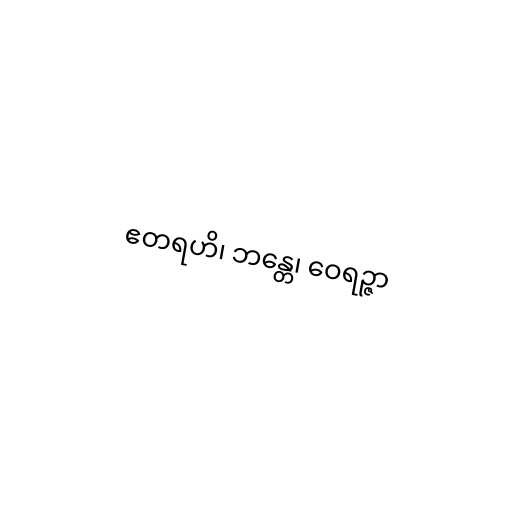
ဧတရဟိ၊ ဘန္တေ၊ ဝေရဉ္ဇာ